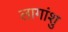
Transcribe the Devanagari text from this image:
लागांशु